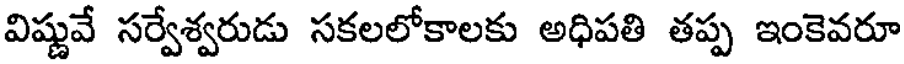
విష్ణువే సర్వేశ్వరుడు సకలలోకాలకు అధిపతి తప్ప ఇంకెవరూ